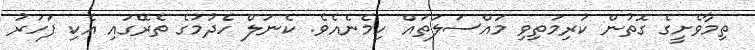
ތިމާވެށީގެ ގޮތުން ކުރިމަތިވި މައްސަލަތައް ހިމެނެއެވެ. ކެނަލް ހެދުމުގެ ތެރޭގައި އެކި ފަހަރު